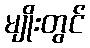
မျိုးတွင်